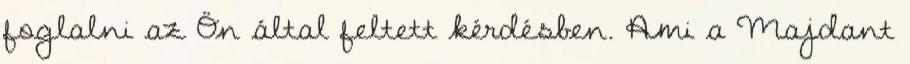
foglalni az Ön által feltett kérdésben. Ami a Majdant